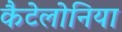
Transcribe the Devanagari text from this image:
कैटेलोनिया